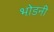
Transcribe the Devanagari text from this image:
भोडनी